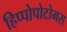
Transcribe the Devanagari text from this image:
हिप्पोपोटोमस